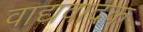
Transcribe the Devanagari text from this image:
वाद्यवादक